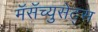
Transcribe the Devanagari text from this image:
मॅसॅच्युसेट्‌स